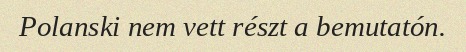
Polanski nem vett részt a bemutatón.